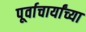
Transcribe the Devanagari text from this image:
पूर्वाचार्यांच्या